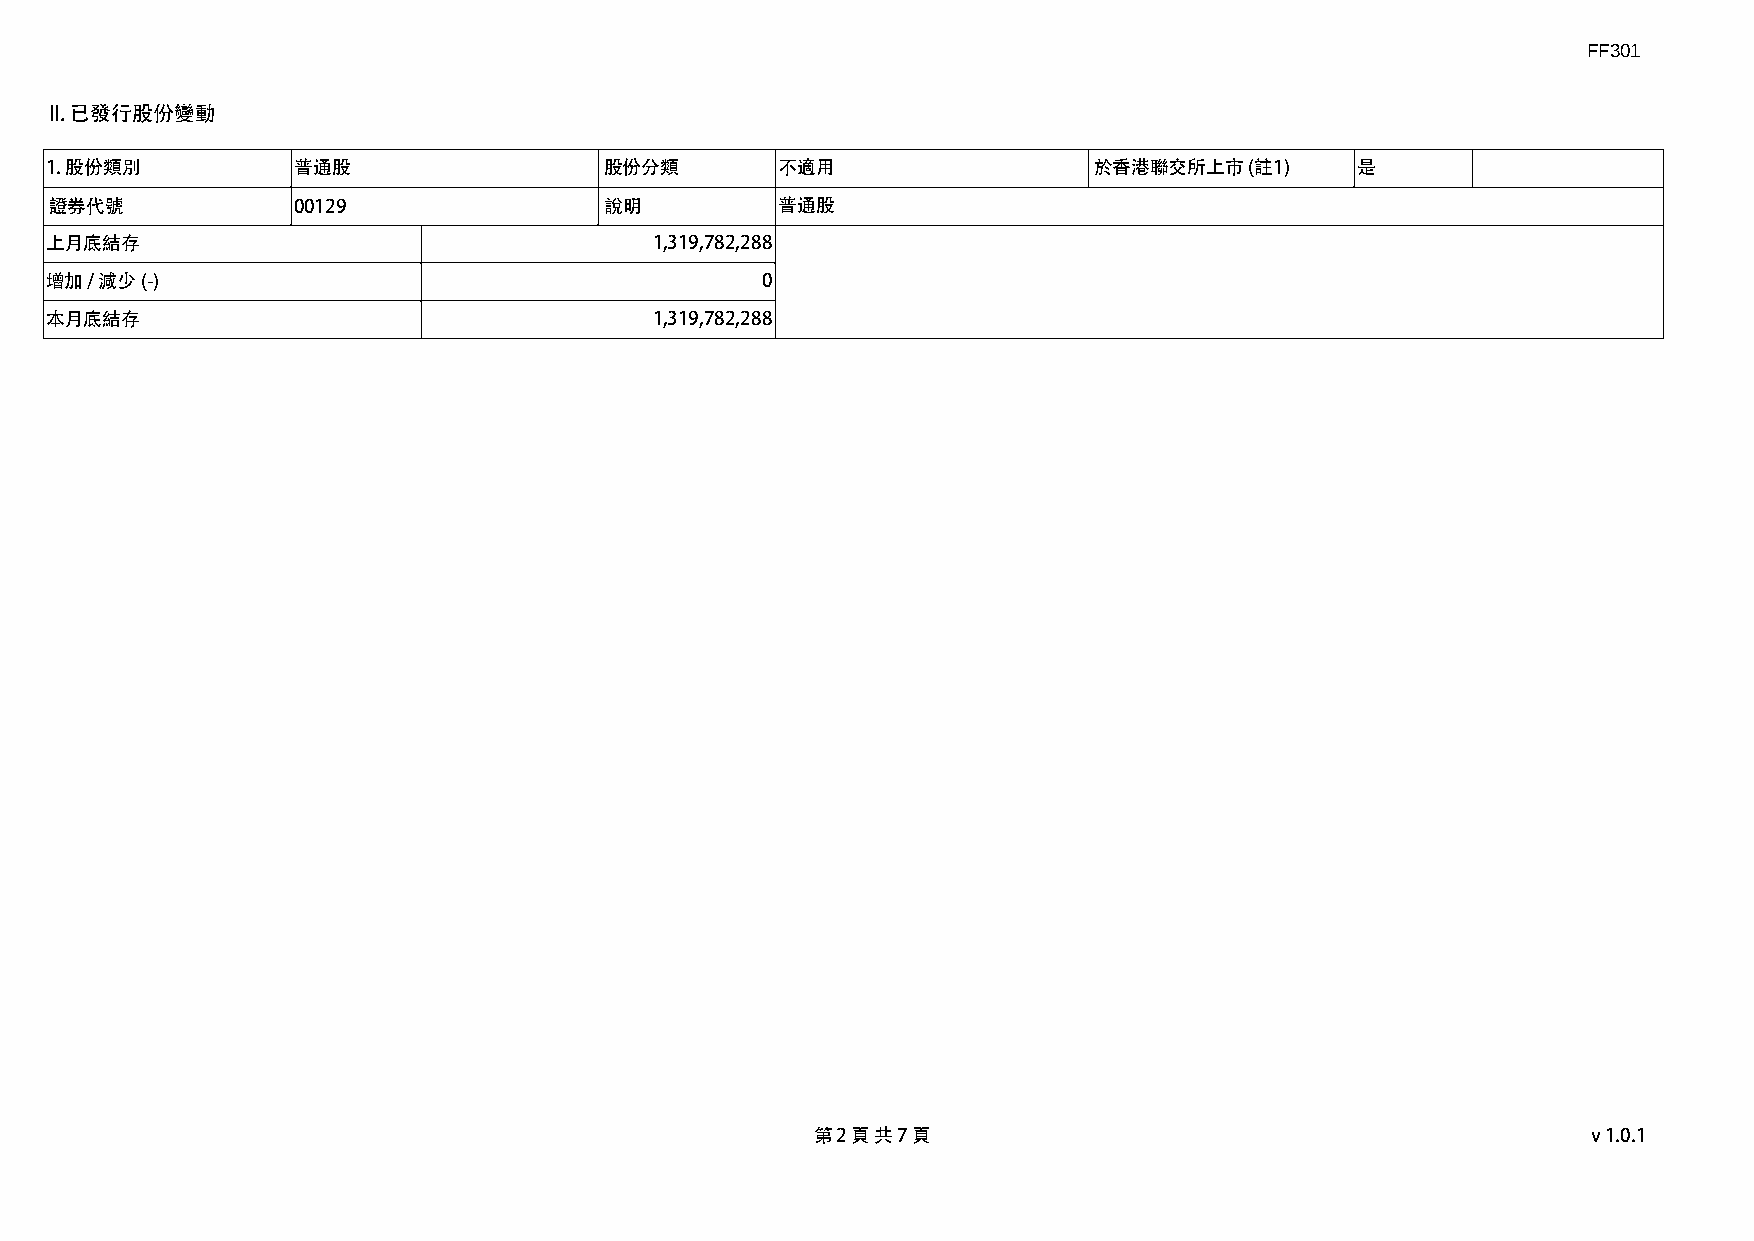
FF301
 II. 已發行股份變動
 1. 股份類別         普通股                  股份分類        不適用                 於香港聯交所上市   (註1)   是
 證券代號            00129                說明          普通股
 上月底結存                                   1,319,782,288
 增加 / 減少 (-)                                    0
 本月底結存                                   1,319,782,288
 第 2 頁 共 7 頁                                        v1.0.1